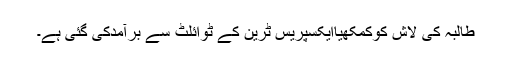
طالبہ کی لاش کوکمکھیاایکسپریس ٹرین کے ٹوائلٹ سے برآمدکی گئی ہے۔